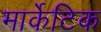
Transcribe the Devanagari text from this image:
मार्केटिक